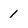
Character: 1